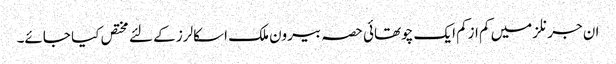
ان جرنلز میں کم ازکم ایک چوتھائی حصہ بیرون ملک اسکالرز کے لئے مختص کیا جائے۔